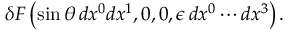
\delta F \left( \sin \theta \, d x ^ { 0 } d x ^ { 1 } , 0 , 0 , \epsilon \, d x ^ { 0 } \cdots d x ^ { 3 } \right) .